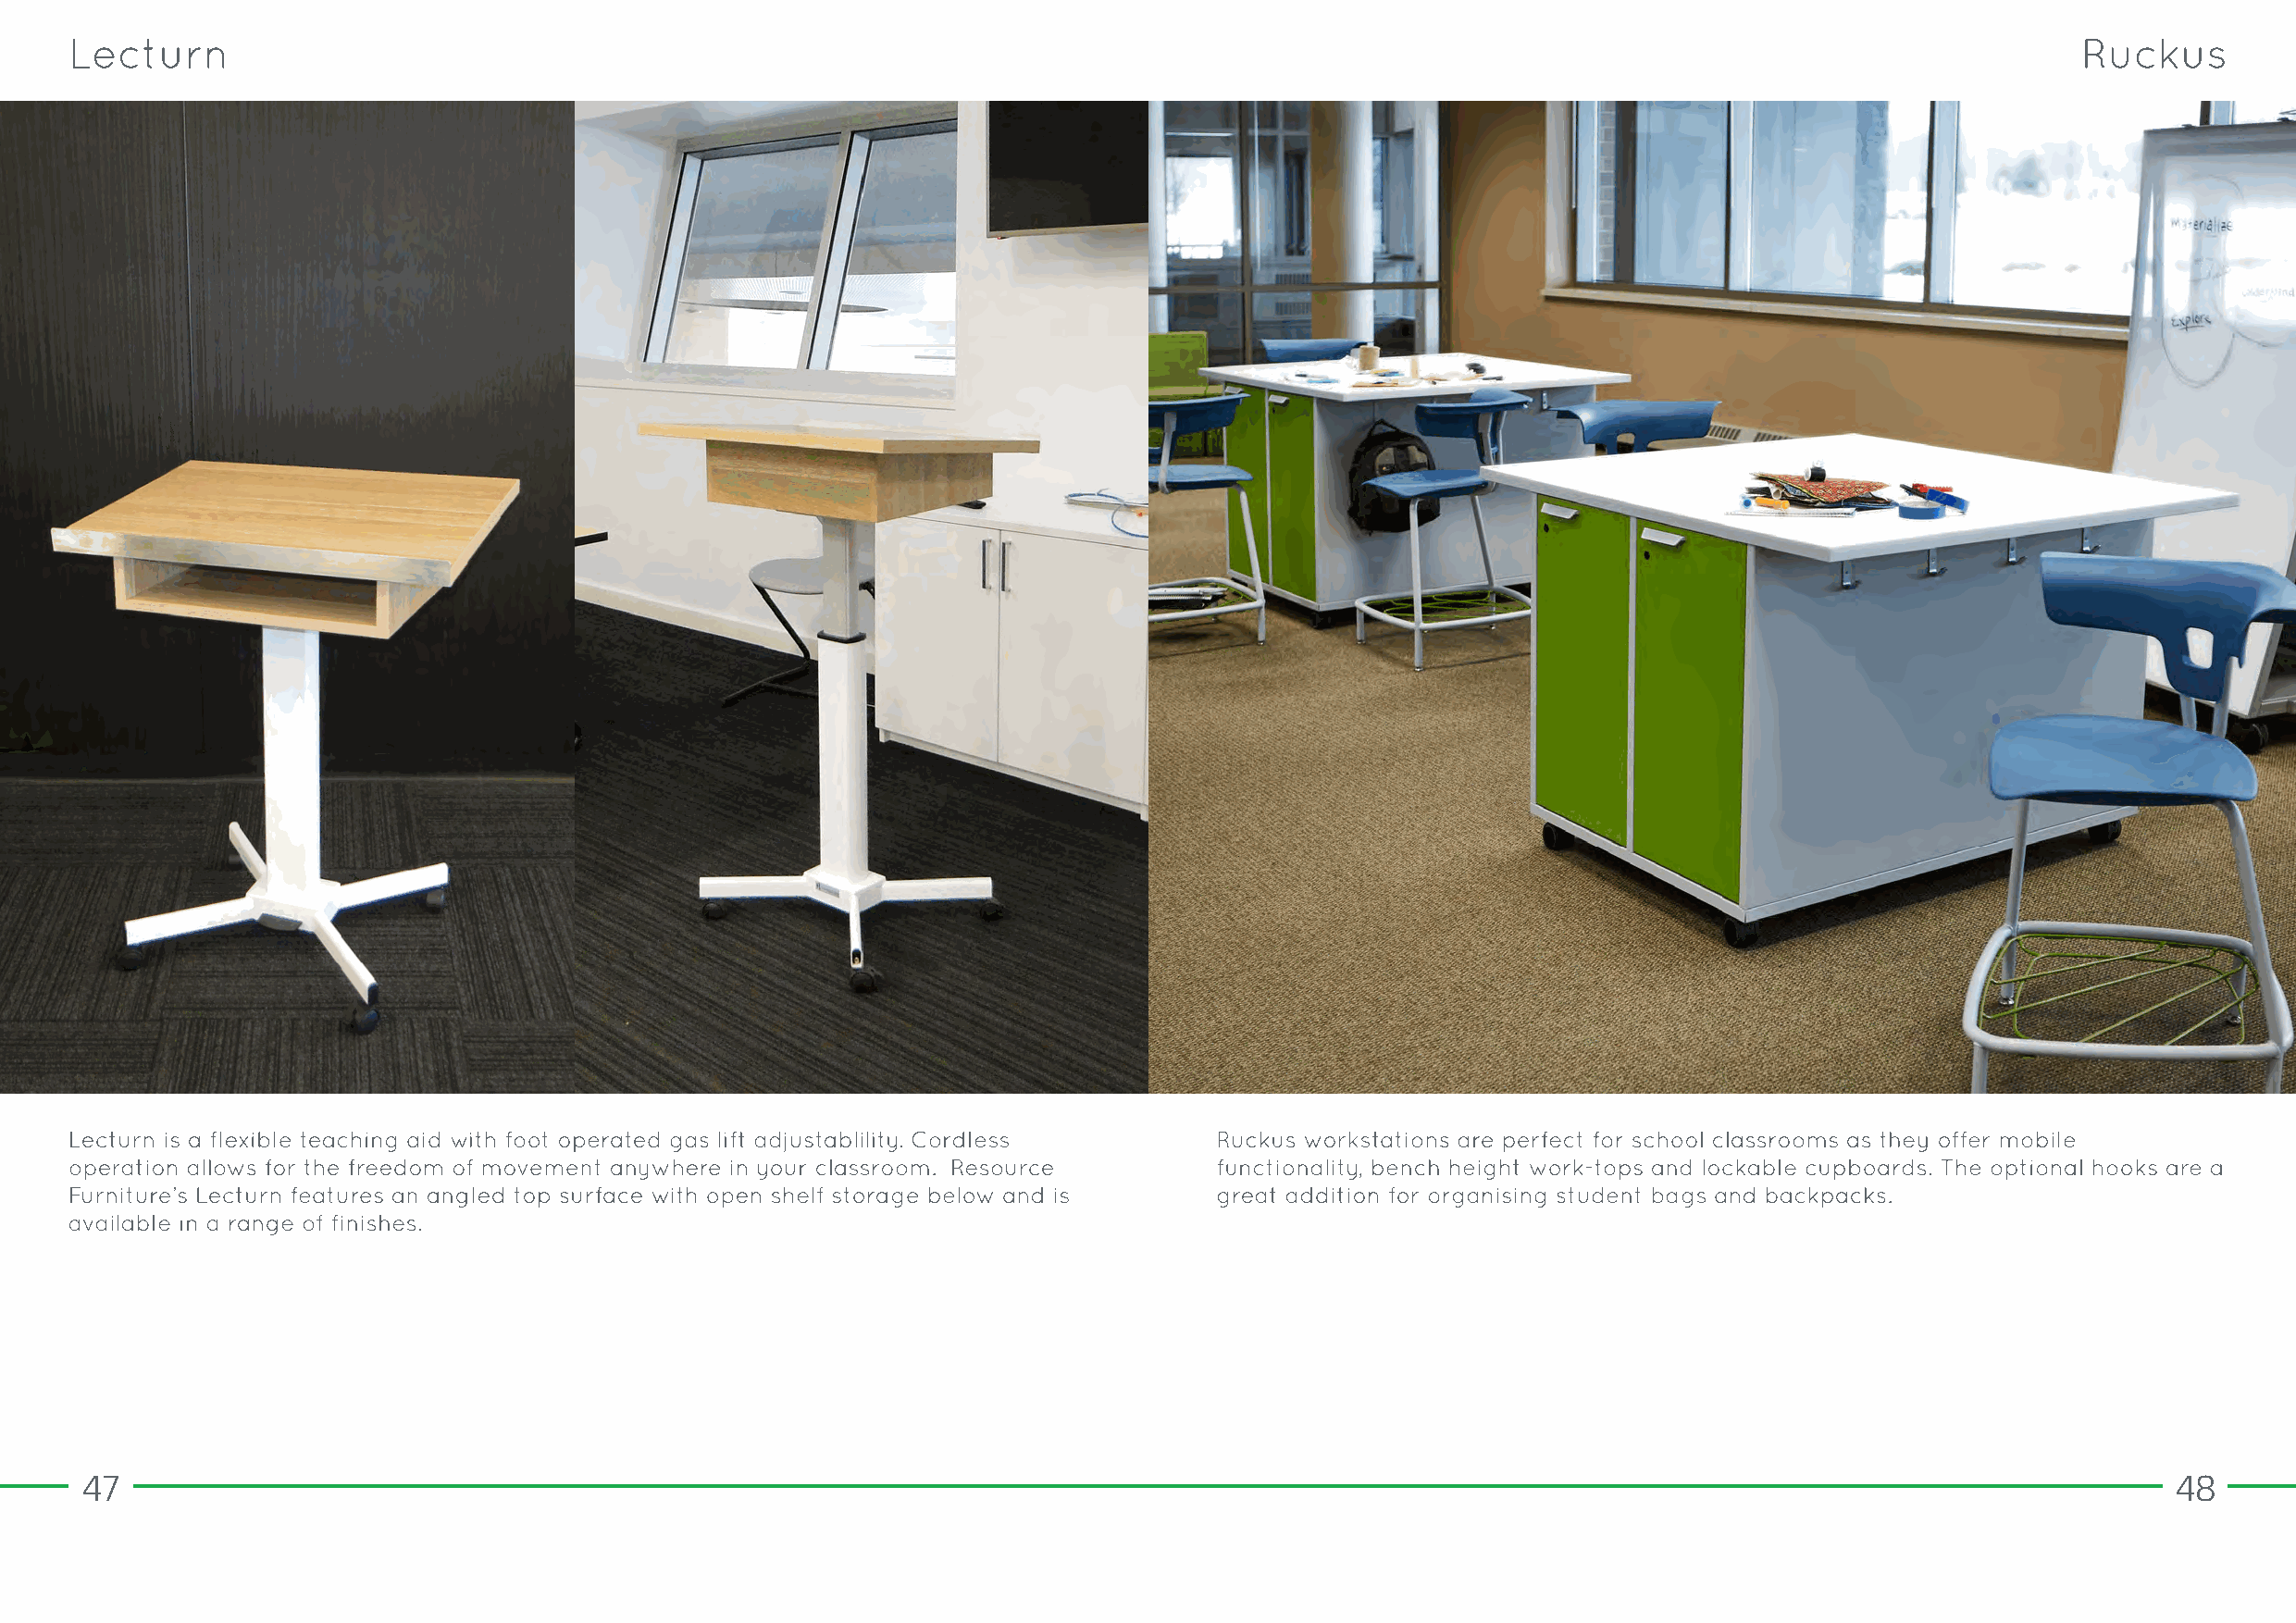
47                                                                                                                                                    48